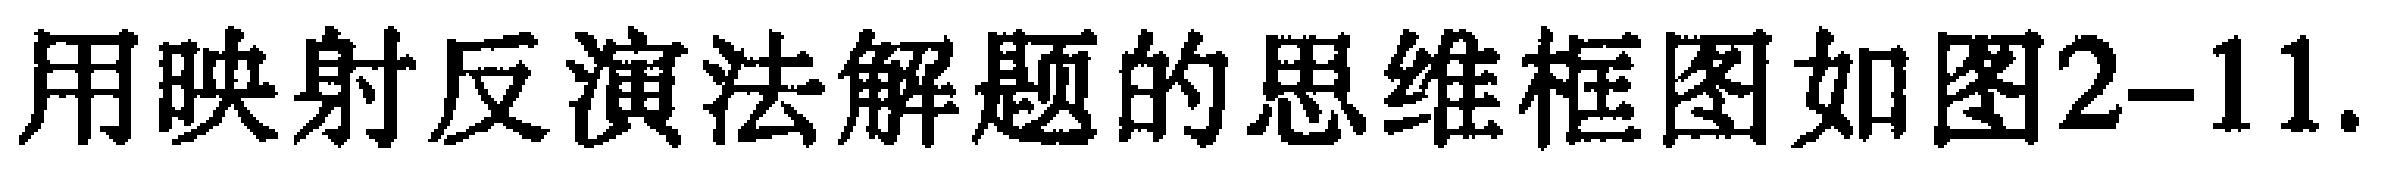
用映射反演法解题的思维框图如图2-11.